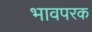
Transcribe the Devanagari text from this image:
भावपरक